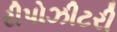
રીપોઝીટરી